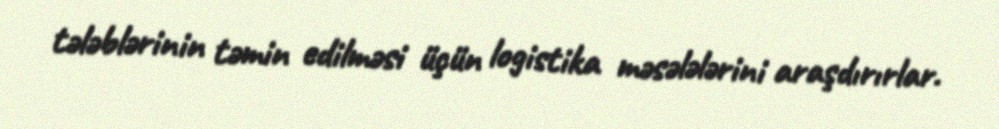
tələblərinin təmin edilməsi üçün logistika məsələlərini araşdırırlar.